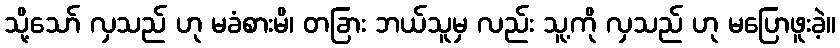
သို့သော် လှသည် ဟု မခံစားမိ၊ တခြား ဘယ်သူမှ လည်း သူ့ကို လှသည် ဟု မပြောဖူးခဲ့။